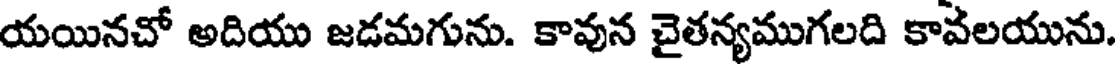
యయినచో అదియు జడమగును. కావున చైతన్యముగలది కావలయును.